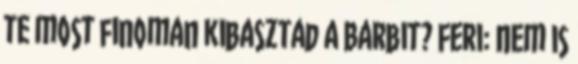
te most finoman kibasztad a Barbit? Feri: Nem is